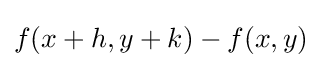
f(x+h,y+k)-f(x,y)